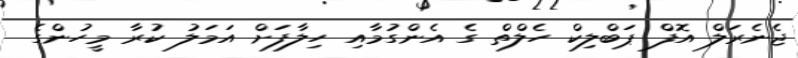
ޖެނެރަލް އޮފް ޕަބްލިކް ހެލްތް ގެ އެންގުމާއި ހިލާފަށް އަމަލު ކުރާ މީހުންގެ